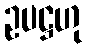
ဥပဋ္ဌဟု